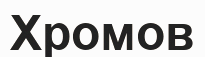
Хромов